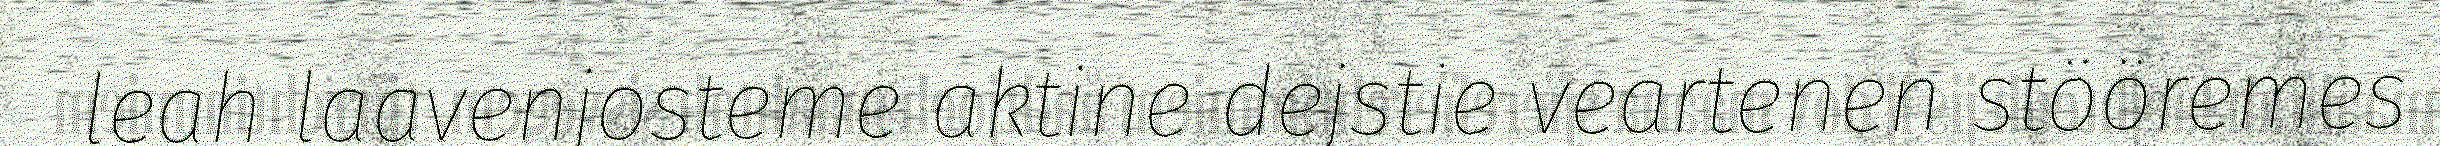
leah laavenjosteme aktine dejstie veartenen stööremes